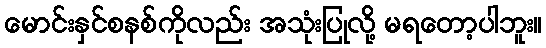
မောင်းနှင်စနစ်ကိုလည်း အသုံးပြုလို့ မရတော့ပါဘူး။